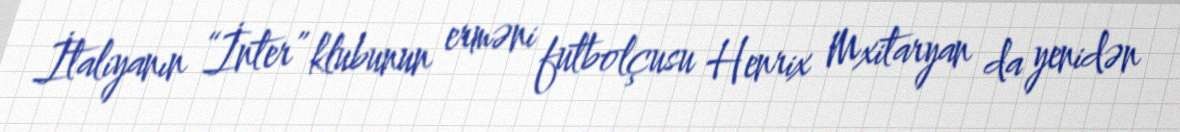
İtaliyanın “İnter” klubunun erməni futbolçusu Henrix Mxitaryan da yenidən